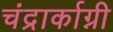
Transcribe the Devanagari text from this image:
चंद्रार्काग्नी